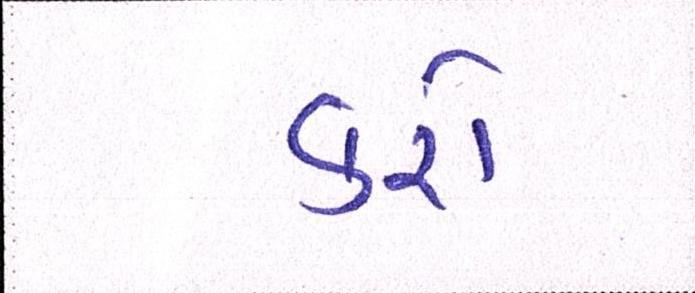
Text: કરો